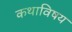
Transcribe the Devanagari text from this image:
कथाविषय